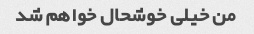
من خیلی خوشحال خواهم شد